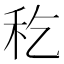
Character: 𥝖